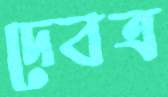
দেবত্র